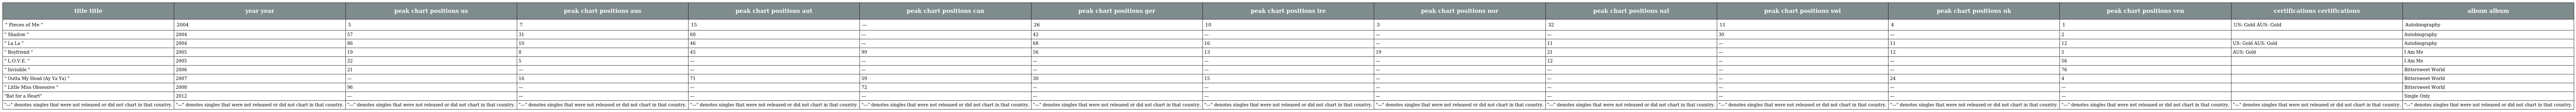
| title title | year year | peak chart positions us | peak chart positions aus | peak chart positions aut | peak chart positions can | peak chart positions ger | peak chart positions ire | peak chart positions nor | peak chart positions nzl | peak chart positions swi | peak chart positions uk | peak chart positions ven | certifications certifications | album album |
 | --- | --- | --- | --- | --- | --- | --- | --- | --- | --- | --- | --- | --- | --- | --- |
 | " Pieces of Me " | 2004 | 5 | 7 | 15 | — | 26 | 10 | 3 | 32 | 11 | 4 | 1 | US: Gold AUS: Gold | Autobiography |
 | " Shadow " | 2004 | 57 | 31 | 60 | — | 42 | — | — | — | 30 | — | 2 |  | Autobiography |
 | " La La " | 2004 | 86 | 10 | 46 | — | 68 | 16 | — | 11 | — | 11 | 12 | US: Gold AUS: Gold | Autobiography |
 | " Boyfriend " | 2005 | 19 | 8 | 45 | 99 | 56 | 13 | 19 | 21 | — | 12 | 5 | AUS: Gold | I Am Me |
 | " L.O.V.E. " | 2005 | 22 | 5 | — | — | — | — | — | 12 | — | — | 56 |  | I Am Me |
 | " Invisible " | 2006 | 21 | — | — | — | — | — | — | — | — | — | 76 |  | Bittersweet World |
 | " Outta My Head (Ay Ya Ya) " | 2007 | — | 16 | 71 | 59 | 30 | 15 | — | — | — | 24 | 4 |  | Bittersweet World |
 | " Little Miss Obsessive " | 2008 | 96 | — | — | 72 | — | — | — | — | — | — | — |  | Bittersweet World |
 | "Bat for a Heart" | 2012 | — | — | — | — | — | — | — | — | — | — | — |  | Single Only |
 | "—" denotes singles that were not released or did not chart in that country. | "—" denotes singles that were not released or did not chart in that country. | "—" denotes singles that were not released or did not chart in that country. | "—" denotes singles that were not released or did not chart in that country. | "—" denotes singles that were not released or did not chart in that country. | "—" denotes singles that were not released or did not chart in that country. | "—" denotes singles that were not released or did not chart in that country. | "—" denotes singles that were not released or did not chart in that country. | "—" denotes singles that were not released or did not chart in that country. | "—" denotes singles that were not released or did not chart in that country. | "—" denotes singles that were not released or did not chart in that country. | "—" denotes singles that were not released or did not chart in that country. | "—" denotes singles that were not released or did not chart in that country. | "—" denotes singles that were not released or did not chart in that country. | "—" denotes singles that were not released or did not chart in that country. |